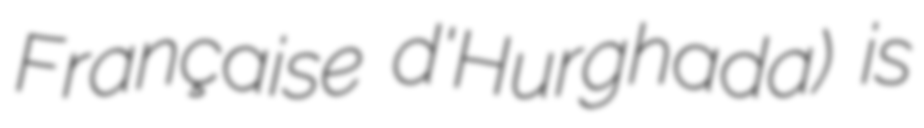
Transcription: Française d'Hurghada) is